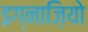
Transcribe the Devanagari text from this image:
इग्नाज़ियो